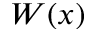
W ( x )